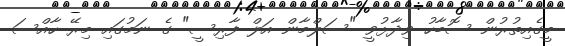
މީގެއިތުރުން ސޮބާހު ވިދާޅުވީ "ސަލްމާން އަލް ފާރިސީ" ގެ ނަމުގައި މިރޭ ހާއްސަ